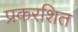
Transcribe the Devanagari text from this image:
प्रकरशित